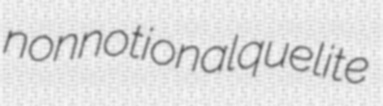
nonnotional quelite